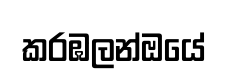
කරඹලන්ඔයේ